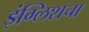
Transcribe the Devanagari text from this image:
इंग्लिशचा